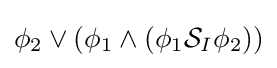
\phi _{2}\lor (\phi _{1}\land (\phi _{1}{\mathcal {S}}_{I}\phi _{2}))